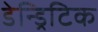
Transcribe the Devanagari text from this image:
डेन्ड्रिटिक